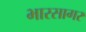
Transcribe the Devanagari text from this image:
भारसागर